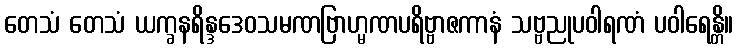
တေသံ တေသံ ယက္ခနရိန္ဒဒေဝသမဏဗြာဟ္မဏပရိဗ္ဗာဇကာနံ သဗ္ဗညုပဝါရဏံ ပဝါရေန္တိ။